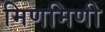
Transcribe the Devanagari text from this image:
मिणमिणी